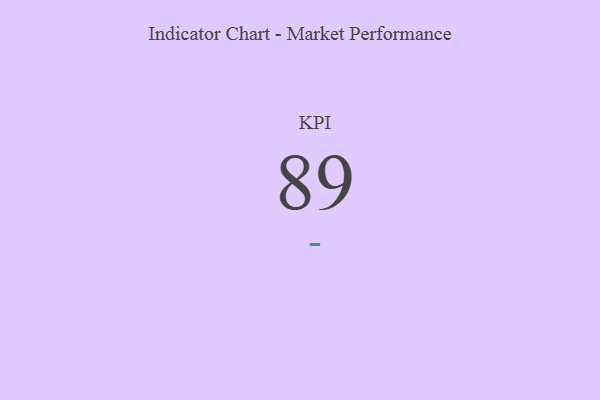
{"axis": {"x": "KPI", "y": "Value"}, "legend": [""], "data": [{"x": "KPI", "y": 89, "type": ""}]}